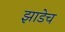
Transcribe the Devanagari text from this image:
झाडेच